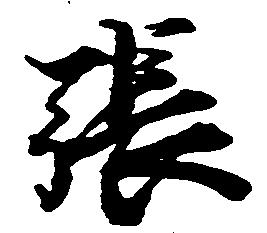
張